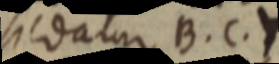
sedatur B. C. Y